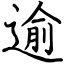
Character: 逾